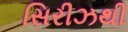
સિરીઝથી